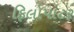
ફિલોપાટર